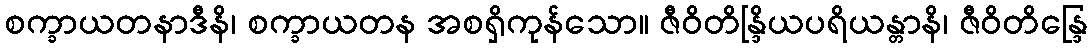
စက္ခာယတနာဒီနိ၊ စက္ခာယတန အစရှိကုန်သော။ ဇီဝိတိန္ဒြိယပရိယန္တာနိ၊ ဇီဝိတိန္ဒြေ